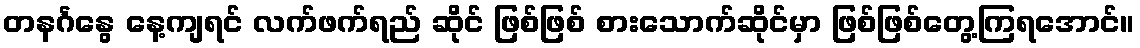
တနင်္ဂနွေ နေ့ကျရင် လက်ဖက်ရည် ဆိုင် ဖြစ်ဖြစ် စားသောက်ဆိုင်မှာ ဖြစ်ဖြစ်တွေ့ကြရအောင်။